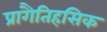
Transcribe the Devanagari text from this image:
प्रागैतिहसिक